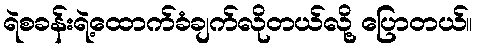
ရဲစခန်းရဲ့ထောက်ခံချက်လိုတယ်လို့ ပြောတယ်။